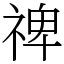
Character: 禆